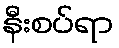
နီးစပ်ရာ